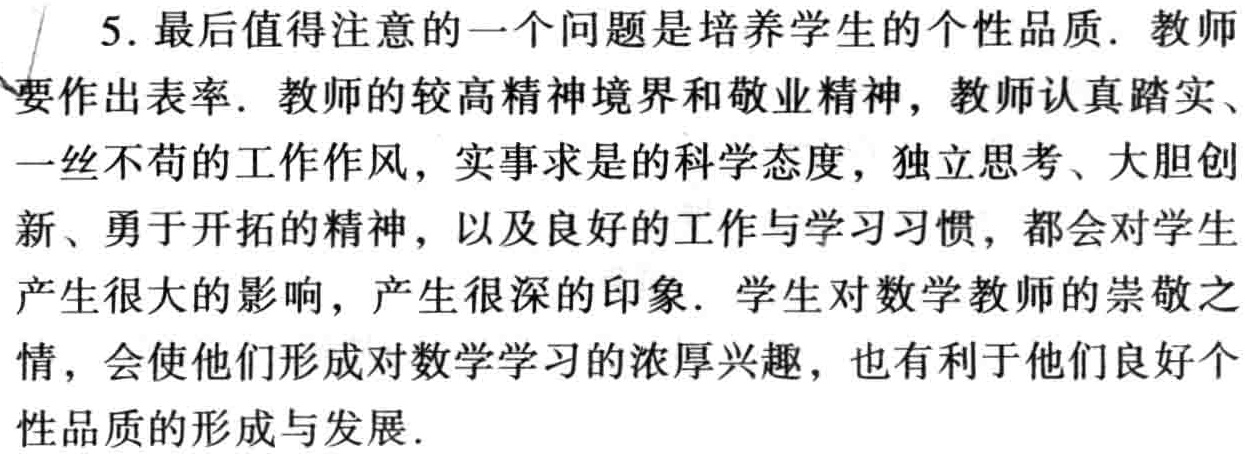
5. 最后值得注意的一个问题是培养学生的个性品质. 教师要作出表率. 教师的较高精神境界和敬业精神, 教师认真踏实、一丝不苟的工作作风, 实事求是 的科学态度, 独立思考、大胆创新、勇于开拓的精神, 以及良好的工作与学习习惯, 都会对学生产生很大的影响, 产生很深的印象. 学生对数学教师的崇敬之情, 会使他们形成对数学学习的浓厚兴趣, 也有利于他们良好个性品质的形成与发展.